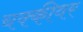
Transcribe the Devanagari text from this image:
चक्कीवर